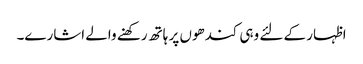
اظہار کے لئے وہی کندھوں پر ہاتھ رکھنے والے اشارے۔